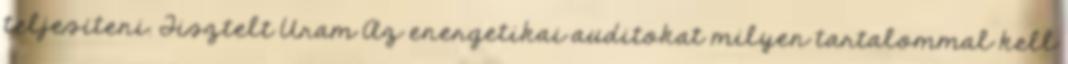
teljesíteni. Tisztelt Uram Az energetikai auditokat milyen tartalommal kell